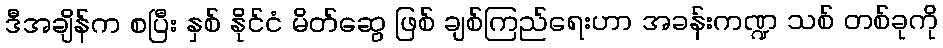
ဒီအချိန်က စပြီး နှစ် နိုင်ငံ မိတ်ဆွေ ဖြစ် ချစ်ကြည်ရေးဟာ အခန်းကဏ္ဍ သစ် တစ်ခုကို